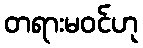
တရားမဝင်ဟု